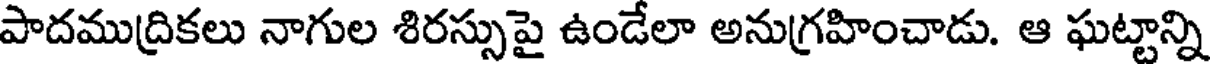
పాదముద్రికలు నాగుల శిరస్సుపై ఉండేలా అనుగ్రహించాడు. ఆ ఘట్టాన్ని